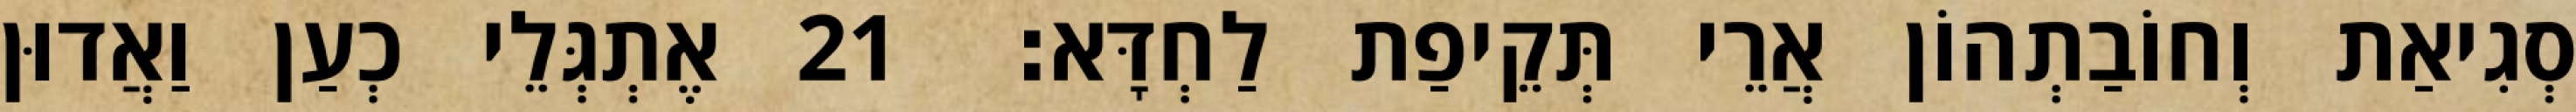
סְגִיאַת וְחוֹבַתְהוֹן אֲרֵי תְּקֵיפַת לַחְדָּא׃ 21 אֶתְגְּלֵי כְעַן וַאֲדוּן